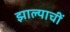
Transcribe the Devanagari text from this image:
झाल्याचीं